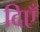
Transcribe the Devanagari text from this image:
दिएँ